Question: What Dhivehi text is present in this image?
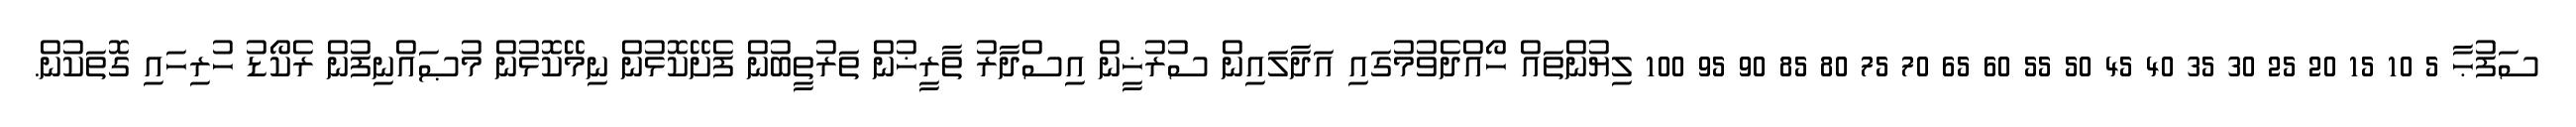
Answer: ސަފުޙާ 5 10 15 20 25 30 35 40 45 50 55 60 65 70 75 80 85 90 95 100 ލިޔުންތައް ހޯއްދެވުމުގައި އަދާލައިން ސުރުޚީން އިސްދާރު ތާރީޚުން ތަރުތީބުން ފެށޭކޮޅުން ނިމޭކޮޅުން މުޞައްނިފުން ރެކޯޑު ހުރިހައި ގޮތަކުން.